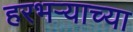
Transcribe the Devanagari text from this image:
हरभऱ्याच्या